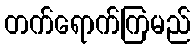
တက်ရောက်ကြမည်